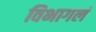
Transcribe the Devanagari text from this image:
विभागलं